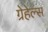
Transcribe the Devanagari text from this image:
ग्रेहेल्स